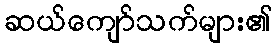
ဆယ်ကျော်သက်များ၏